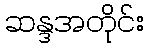
ဆန္ဒအတိုင်း